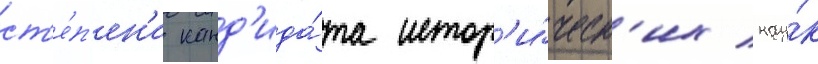
ст'е́п'ен'и канд'ида́та истор'и́ческ'их нау́к